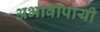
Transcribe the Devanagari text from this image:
अभावापायी